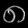
Digit: ၈